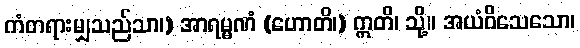
ကံတရားမျှသည်သာ၊) အာရမ္မဏံ (ဟောတိ၊) ဣတိ၊ သို့။ အယံဝိသေသော၊